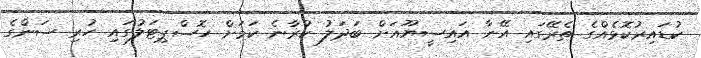
ކުޑައިރުކޮޅެއްގެ ތެރޭގައި އޭނާ އައިސީޔޫއަށް ބަދަލު ކުރާނެ ކަމަށް ހޮސްޕިޓަލުގައި ހުރި ސަންގެ